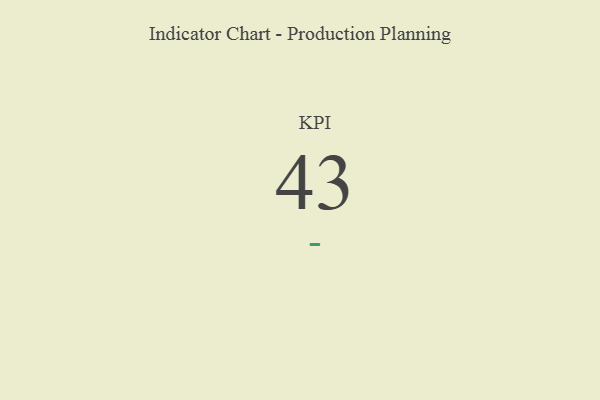
{"axis": {"x": "KPI", "y": "Value"}, "legend": [""], "data": [{"x": "KPI", "y": 43, "type": ""}]}